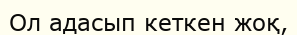
Ол адасып кеткен жоқ,